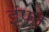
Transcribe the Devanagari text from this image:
इंफो